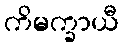
ကိမက္ခာယီ